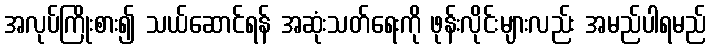
အလုပ်ကြိုးစား၍ သယ်ဆောင်ရန် အဆုံးသတ်ရေးကို ဖုန်းလိုင်းများလည်း အမည်ပါရမည်